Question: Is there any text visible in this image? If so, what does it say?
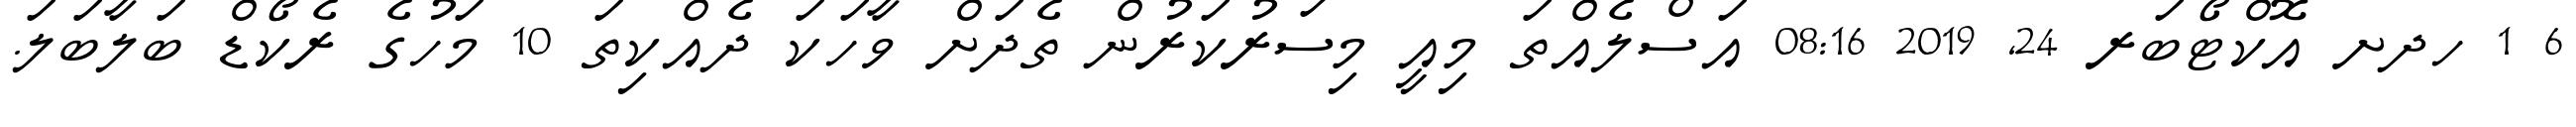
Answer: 6 1 ހދށ އޮކްޓޯބަރ 24, 2019 08:16 އަސްލެއްތަ މިއީ މިސަރުކަރުން ތެދަށް ވާހަކަ ދެއްކިތަ 10 މަހުގެ ރެކޯޑް ބަލާބަލަ.